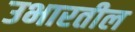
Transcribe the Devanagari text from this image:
उभारतील